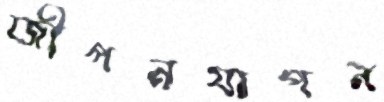
জীপনযাপন